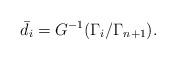
LaTeX: \begin{align*} \bar{d}_i=G^{-1}(\Gamma_i/\Gamma_{n+1}). \end{align*}